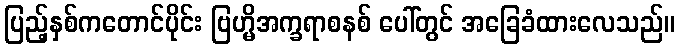
ပြည့်နှစ်ကတောင်ပိုင်း ဗြဟ္မိအက္ခရာစနစ် ပေါ်တွင် အခြေခံထားလေသည်။